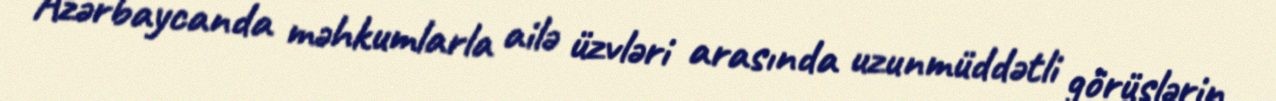
Azərbaycanda məhkumlarla ailə üzvləri arasında uzunmüddətli görüşlərin